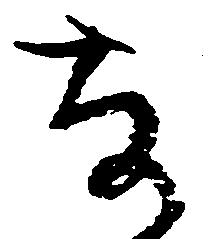
な